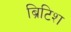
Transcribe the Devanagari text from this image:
ब्रिटिश